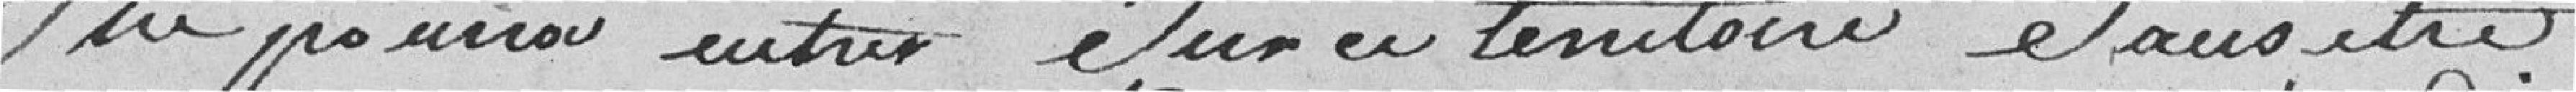
ne pourra entrer sur ce territoire sans être